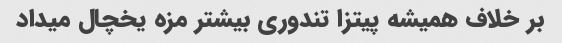
بر خلاف همیشه پیتزا تندوری بیشتر مزه یخچال میداد